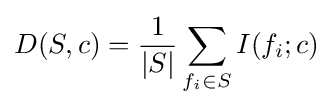
D(S,c)={\frac {1}{|S|}}\sum _{f_{i}\in S}I(f_{i};c)